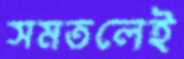
সমতলেই